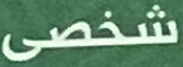
شخصى